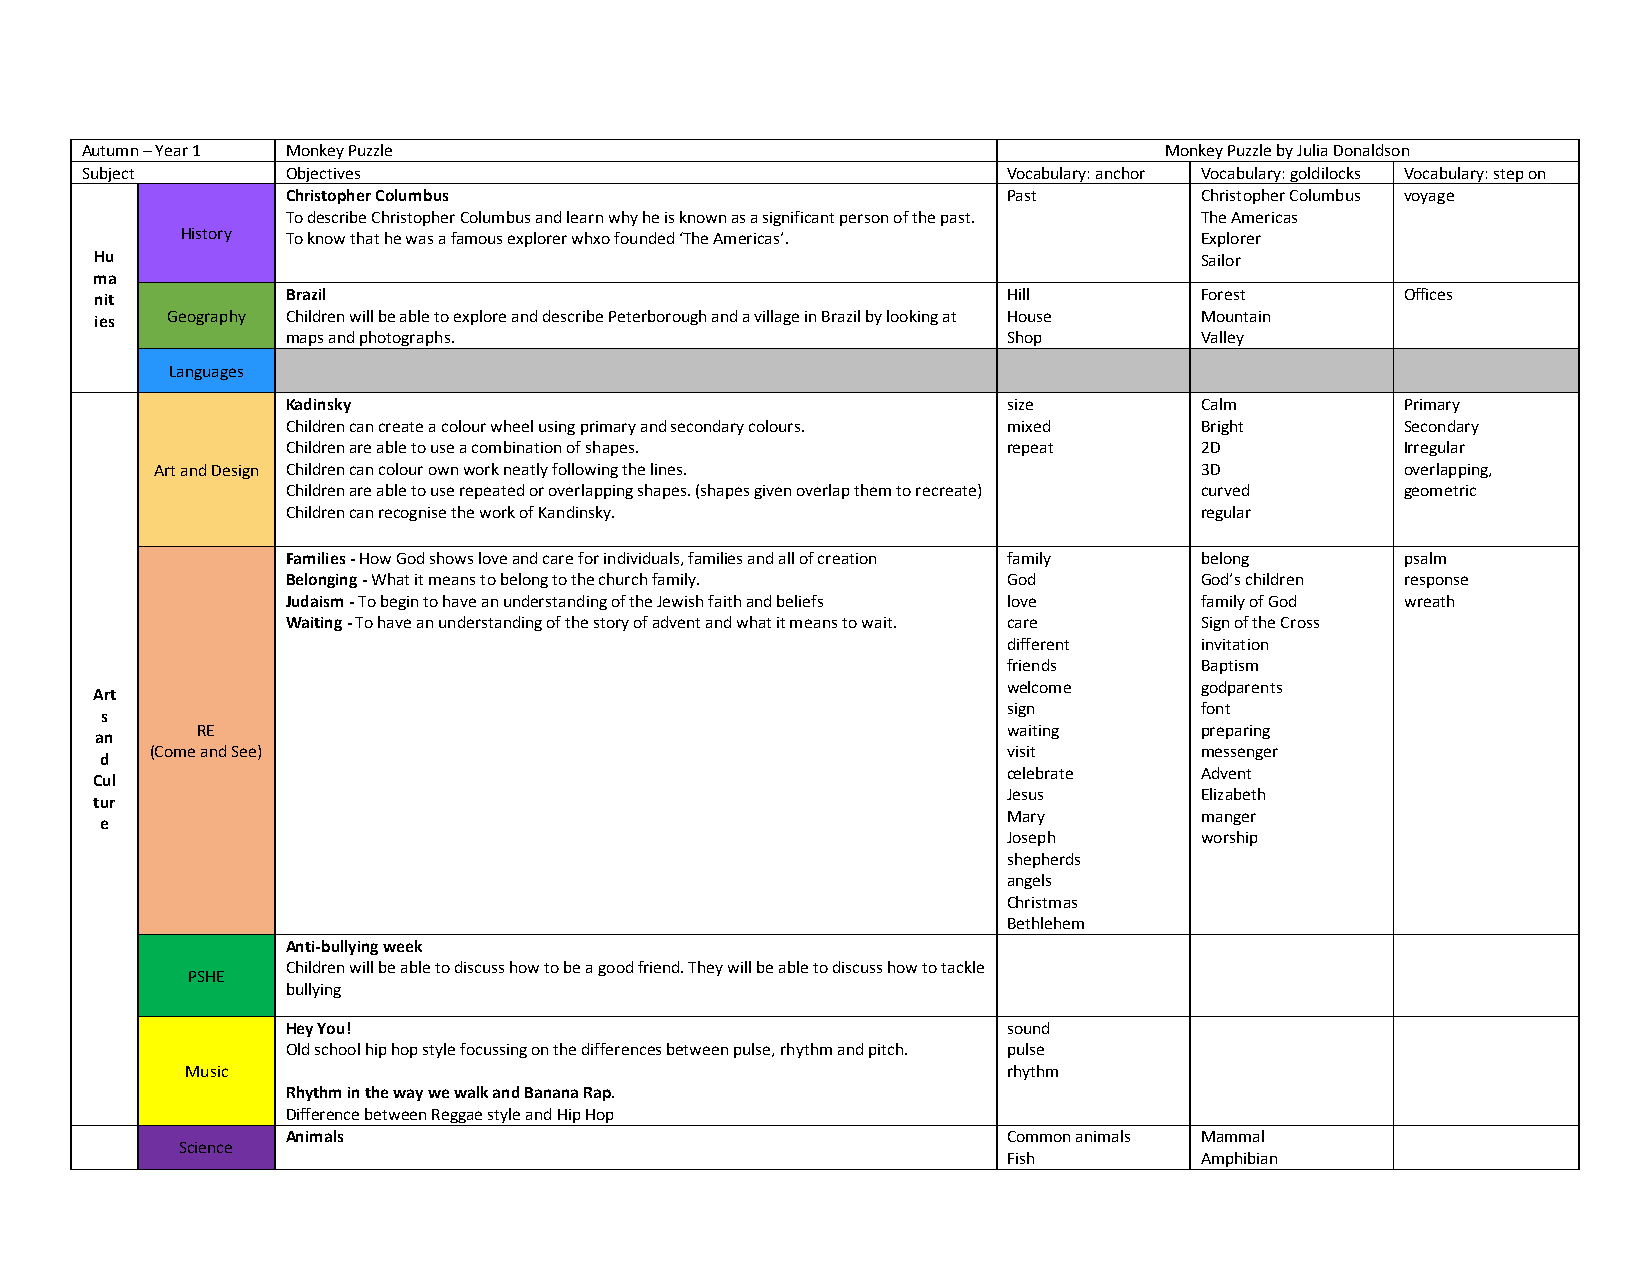
Autumn – Year 1 Monkey Puzzle                                           Monkey Puzzle by Julia Donaldson
 Subject       Objectives                                      Vocabulary: anchor Vocabulary: goldilocks Vocabulary: step on
 Christopher Columbus                            Past        Christopher Columbus voyage
 To describe Christopher Columbus and learn why he is known as a significant person of the past. The Americas
 History To know that he was a famous explorer whxo founded ‘The Americas’. Explorer
 Hu                                                                       Sailor
 ma
 nit          Brazil                                          Hill        Forest        Offices
 ies  Geography Children will be able to explore and describe Peterborough and a village in Brazil by looking at House Mountain
 maps and photographs.                           Shop        Valley
 Languages
 Kadinsky                                        size        Calm          Primary
 Children can create a colour wheel using primary and secondary colours. mixed Bright Secondary
 Children are able to use a combination of shapes. repeat    2D            Irregular
 Art and Design Children can colour own work neatly following the lines. 3D         overlapping,
 Children are able to use repeated or overlapping shapes. (shapes given overlap them to recreate) curved geometric
 Children can recognise the work of Kandinsky.               regular
 Families - How God shows love and care for individuals, families and all of creation family belong psalm
 Belonging - What it means to belong to the church family. God God’s children response
 Judaism - To begin to have an understanding of the Jewish faith and beliefs love family of God wreath
 Waiting - To have an understanding of the story of advent and what it means to wait. care Sign of the Cross
 different   invitation
 friends     Baptism
 welcome     godparents
 Art
 sign        font
 s
 RE                                                    waiting     preparing
 an
 (Come and See)                                           visit       messenger
 d
 celebrate   Advent
 Cul
 Jesus       Elizabeth
 tur
 Mary        manger
 e
 Joseph      worship
 shepherds
 angels
 Christmas
 Bethlehem
 Anti-bullying week
 Children will be able to discuss how to be a good friend. They will be able to discuss how to tackle
 PSHE
 bullying
 Hey You!                                        sound
 Old school hip hop style focussing on the differences between pulse, rhythm and pitch. pulse
 Music                                                  rhythm
 Rhythm in the way we walk and Banana Rap.
 Difference between Reggae style and Hip Hop
 Animals                                         Common animals Mammal
 Science
 Fish        Amphibian